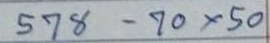
578 - 70x50